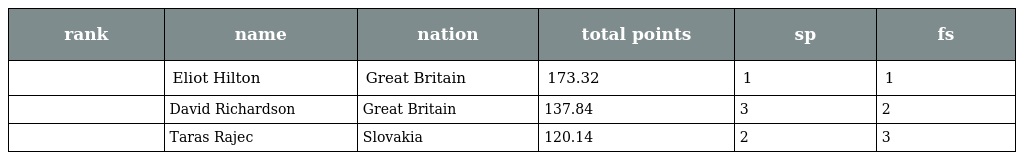
| rank | name | nation | total points | sp | fs |
 | --- | --- | --- | --- | --- | --- |
 |  | Eliot Hilton | Great Britain | 173.32 | 1 | 1 |
 |  | David Richardson | Great Britain | 137.84 | 3 | 2 |
 |  | Taras Rajec | Slovakia | 120.14 | 2 | 3 |